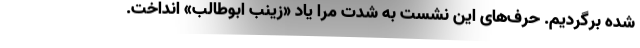
شده برگردیم. حرف‌های این نشست به شدت مرا یاد «زینب ابوطالب» انداخت.